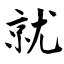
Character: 就